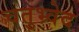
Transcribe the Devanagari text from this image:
चतुभ्र्वेद